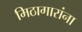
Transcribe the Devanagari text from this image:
मिठागारांना